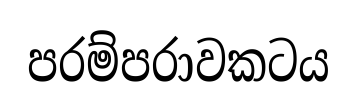
පරම්පරාවකටය